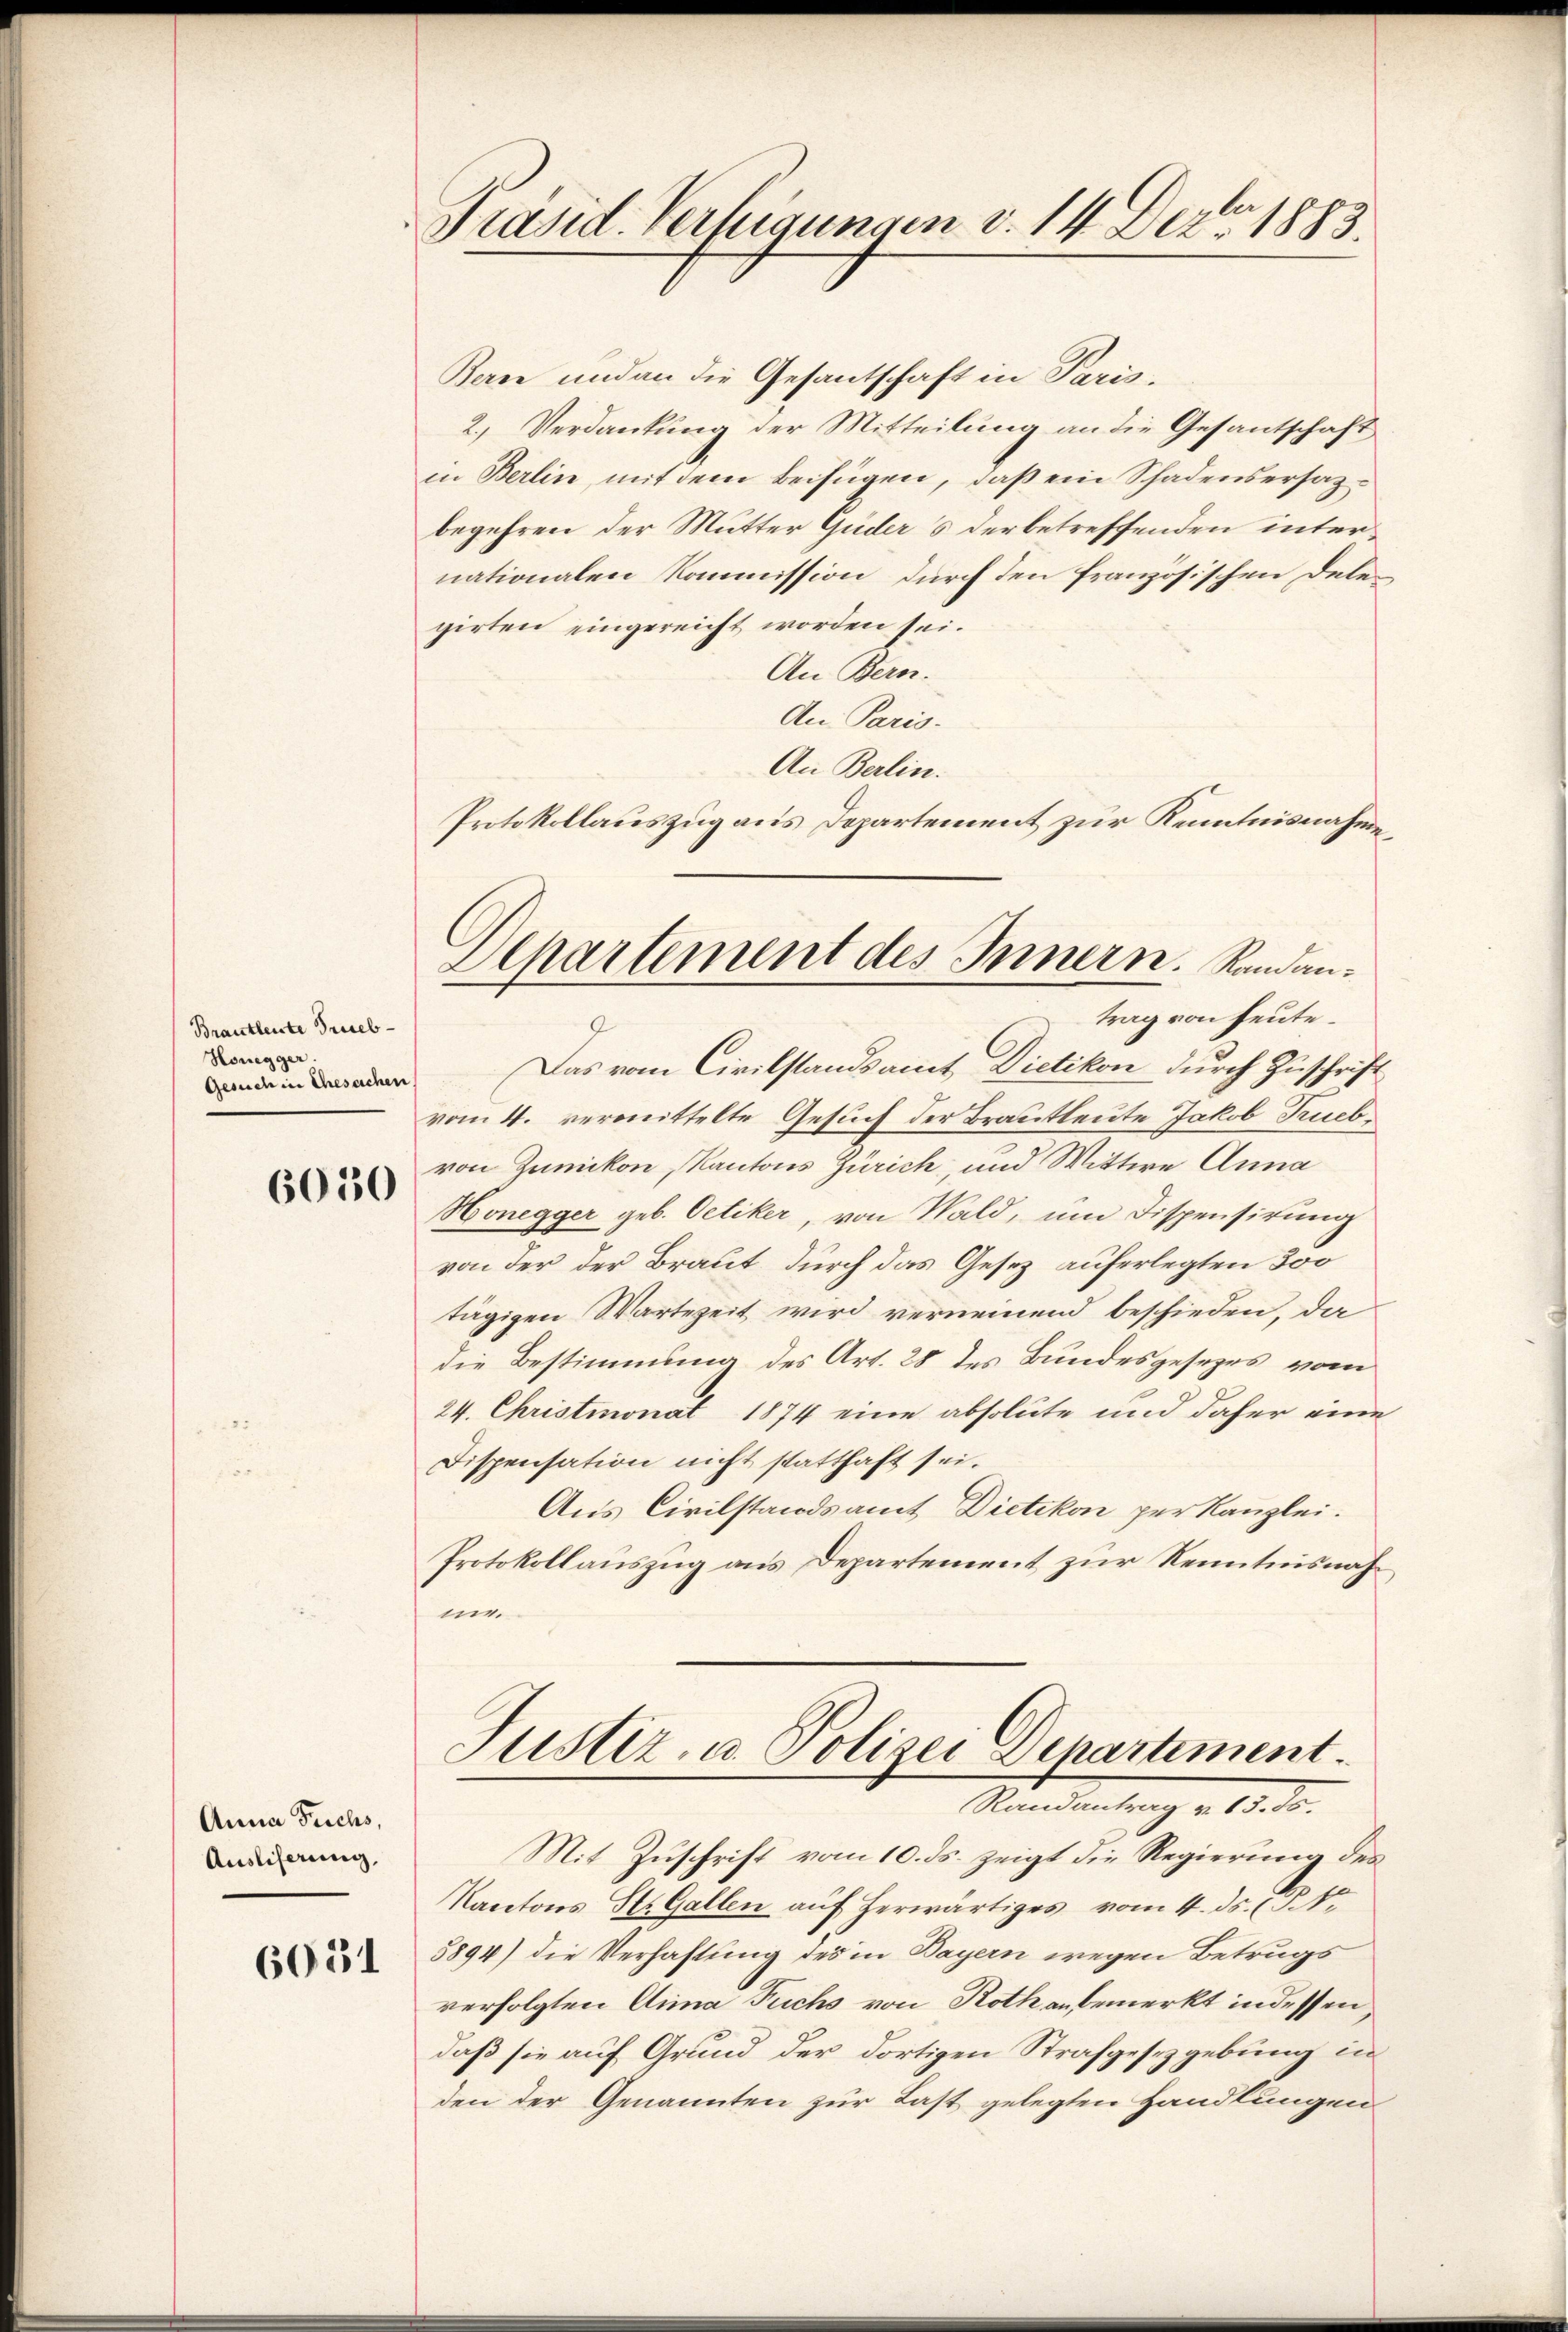
Brautleute Trieb
Honegger.
Gesuch in Ehesachen

6030

Anna Fuchs,
Ausliserung,

6031

Präsid. Verfügungen v. 14 Dez. 1883.

Departement des Innern. Randan¬

Bern und an die Gesantschaft in Paris,
2., Verdankung der Mitteilung an die Gesantschaft
in Berlin, mit dem beifügen, daß ein Schadensersazbegehren der Mutter Guders der betreffenden internationalen Kommission durch den französischen Delegirten eingereicht worden sei.
An Bern.
An Paris.
An Berlin.
Protokollauszug aus Departement zur Kenntnisnahme,
trag von heute.
J
Das vom Civilstandsamt Dietikon durch Zuschrift
vom 4. vermittelte Gesuch der Brautleute Jakob Truebvon Zumikon, Kantons Zürich, und Wittwe Anna
Honegger geb. Oetiker, von Wald, um Dispensirung
von der der Braut durch das Gesetz auferlegten 300
tägigen Wartezeit wird verneinend beschieden, da
die Bestimmung des Art. 28 des Bundesgesezes vom
24. Christmonat 1874 eine absolute und daher eine
Dispensation nicht statthaft sei.
Aus Civilstandsamt Dietikon per Kanzlei.
Protokollauszug aus Departement zur Kenntnisnahne.

Justiz- u. Polizei Departement.
Randantrag v. 13. 55.

Mit Zuschrift vom 10. ds. zeigt die Regierung des
Kantons St. Gallen auf herwärtiges vom 4. ds. z. B. 1
5894) die Verhaftung des in Bayern wegen Betrugs
verfolgten Anna Fuchs von Roth anbemerkt in dessen,
daß sie auf Grund der dortigen Strafgesezgebung in
den der Genannten zur Last gelegten Handlungen